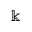
\Bbbk